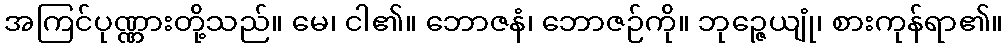
အကြင်ပုဏ္ဏားတို့သည်။ မေ၊ ငါ၏။ ဘောဇနံ၊ ဘောဇဉ်ကို။ ဘုဉ္ဇေယျုံ၊ စားကုန်ရာ၏။